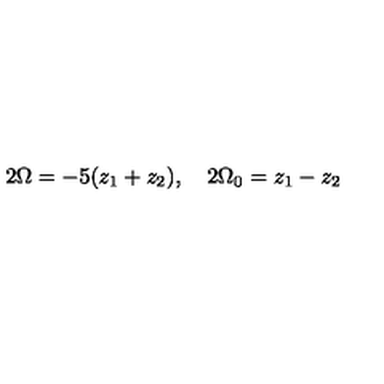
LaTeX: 2 \Omega = - 5 ( z _ { 1 } + z _ { 2 } ) , \quad 2 \Omega _ { 0 } = z _ { 1 } - z _ { 2 }